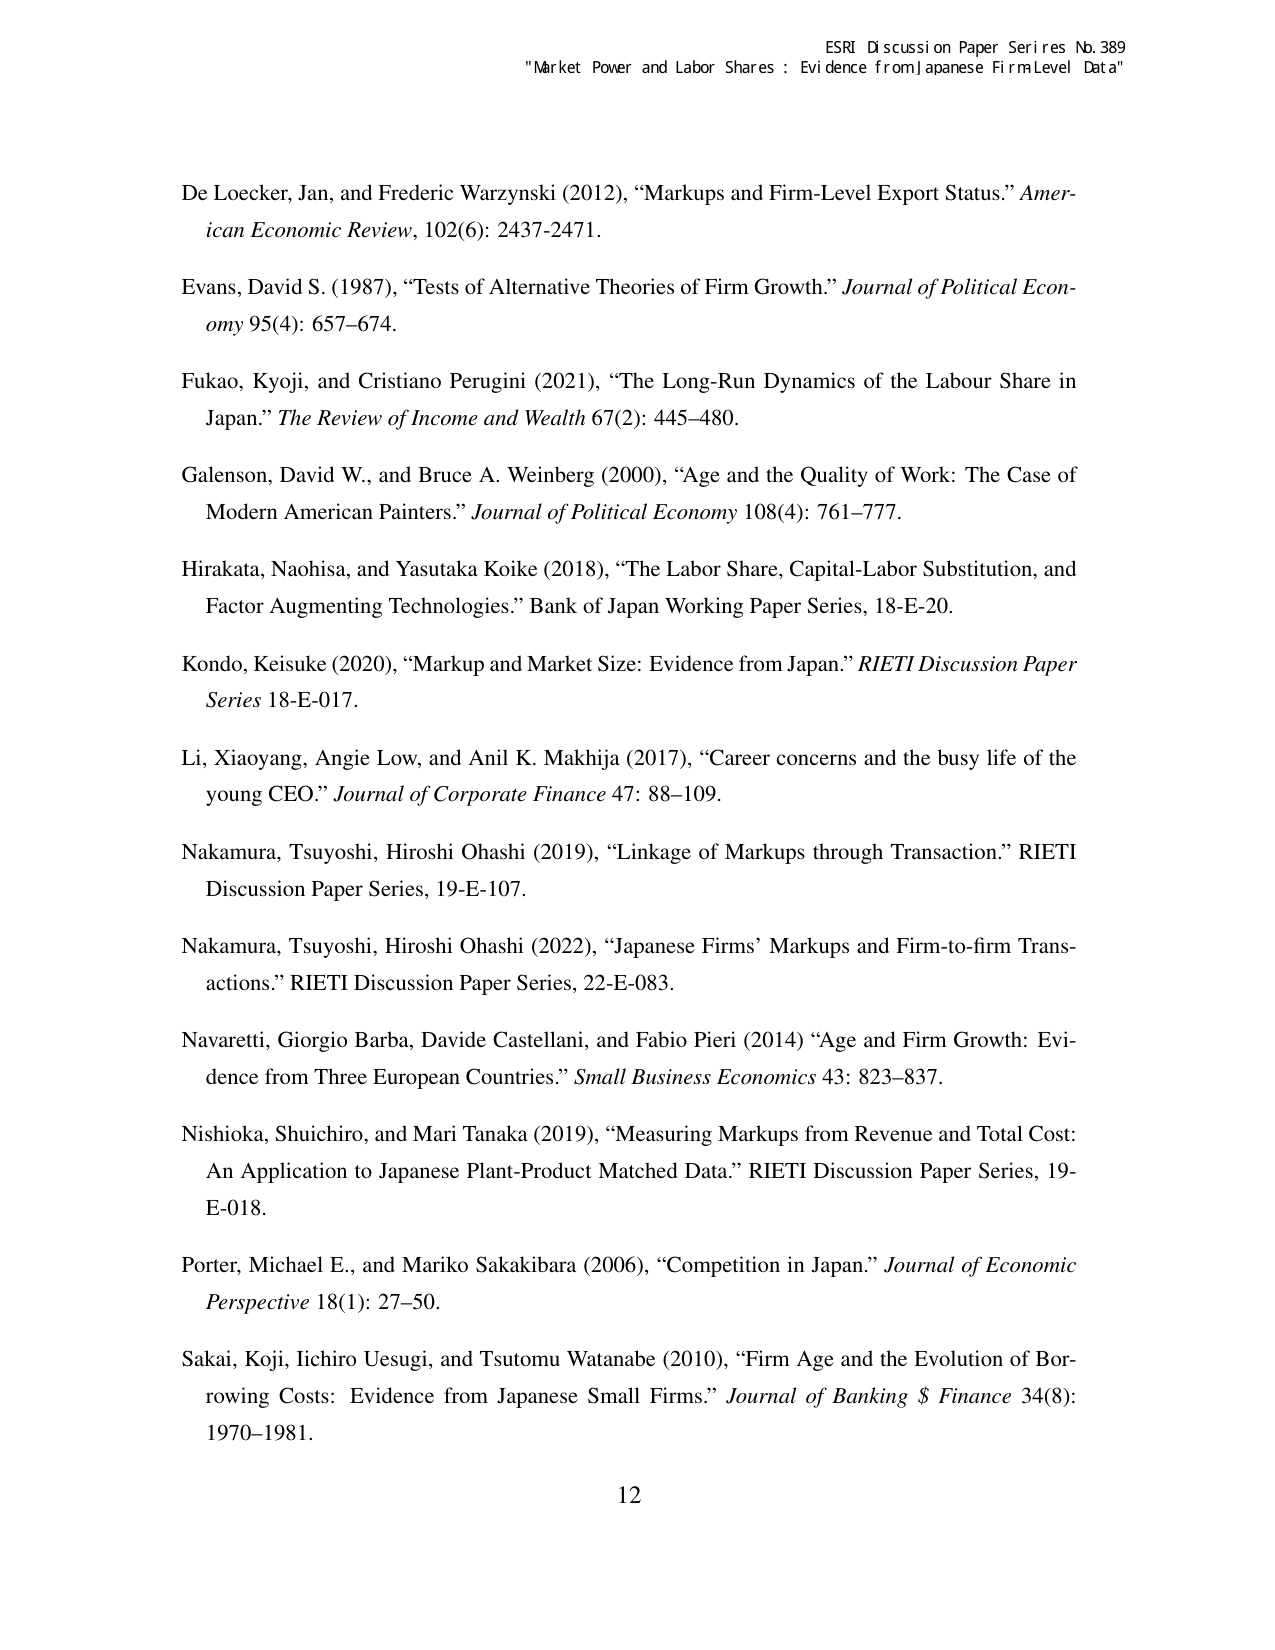
ESRI Discussion Paper Series No. 389
"Market Power and Labor Shares: Evidence from Japanese Firm Level Data"

De Loecker, Jan, and Frederic Warzynski (2012), “Markups and Firm-Level Export Status.” American Economic Review, 102(6): 2437–2471.

Evans, David S. (1987), “Tests of Alternative Theories of Firm Growth.” Journal of Political Economy 95(4): 657–674.

Fukao, Kyoji, and Cristiano Perugini (2021), “The Long-Run Dynamics of the Labour Share in Japan.” The Review of Income and Wealth 67(2): 445–480.

Galenson, David W., and Bruce A. Weinberg (2000), “Age and the Quality of Work: The Case of Modern American Painters.” Journal of Political Economy 108(4): 761–777.

Hirakata, Naohisa, and Yasutaka Koike (2018), “The Labor Share, Capital-Labor Substitution, and Factor Augmenting Technologies.” Bank of Japan Working Paper Series, 18-E-20.

Kondo, Keisuke (2020), “Markup and Market Size: Evidence from Japan.” RIETI Discussion Paper Series 18-E-017.

Li, Xiaoyang, Angie Low, and Anil K. Makhija (2017), “Career concerns and the busy life of the young CEO.” Journal of Corporate Finance 47: 88–109.

Nakamura, Tsuyoshi, Hiroshi Ohashi (2019), “Linkage of Markups through Transaction.” RIETI Discussion Paper Series, 19-E-107.

Nakamura, Tsuyoshi, Hiroshi Ohashi (2022), “Japanese Firms’ Markups and Firm-to-firm Transactions.” RIETI Discussion Paper Series, 22-E-083.

Navaretti, Giorgio Barba, Davide Castellani, and Fabio Pieri (2014) “Age and Firm Growth: Evidence from Three European Countries.” Small Business Economics 43: 823–837.

Nishioka, Shuichiro, and Mari Tanaka (2019), “Measuring Markups from Revenue and Total Cost: An Application to Japanese Plant-Product Matched Data.” RIETI Discussion Paper Series, 19-E-018.

Porter, Michael E., and Mariko Sakakibara (2006), “Competition in Japan.” Journal of Economic Perspective 18(1): 27–50.

Sakai, Koji, Ichiro Uesugi, and Tsutomu Watanabe (2010), “Firm Age and the Evolution of Borrowing Costs: Evidence from Japanese Small Firms.” Journal of Banking & Finance 34(8): 1970–1981.

12